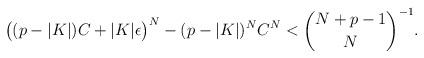
LaTeX: \begin{align*} \big((p-|K|)C+|K|\epsilon\big)^N-(p-|K|)^{N}C^{N} < \binom{N+p-1}{N}^{-1}.\end{align*}